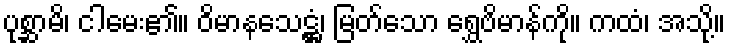
ပုစ္ဆာမိ၊ ငါမေး၏။ ဝိမာနသေဋ္ဌံ၊ မြတ်သော ရွှေဗိမာန်ကို။ ကထံ၊ အသို့။